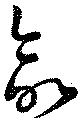
命